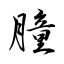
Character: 膧